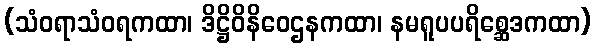
(သံဝရာသံဝရကထာ၊ ဒိဋ္ဌိဝိနိဝေဌနကထာ၊ နမရူပပရိစ္ဆေဒကထာ)